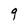
Character: 9